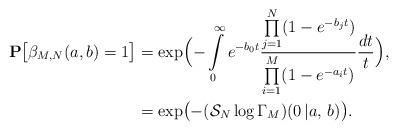
LaTeX: \begin{align*}{\bf P}\bigl[\beta_{M,N}(a,b)=1\bigr] & =\exp\Bigl(-\int\limits_0^\infty e^{-b_0 t}\frac{\prod\limits_{j=1}^N (1-e^{-b_j t})}{\prod\limits_{i=1}^M (1-e^{-a_i t})}\frac{dt}{t}\Bigr), \\& = \exp\bigl(-(\mathcal{S}_N \log\Gamma_M)(0\,|a,\,b)\bigr). \end{align*}